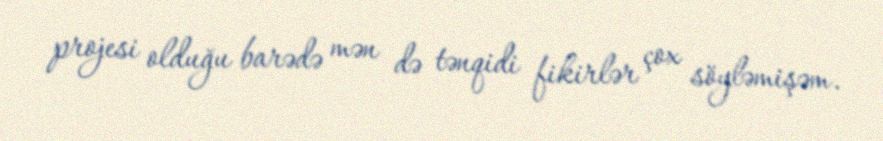
projesi olduğu barədə mən də tənqidi fikirlər çox söyləmişəm.